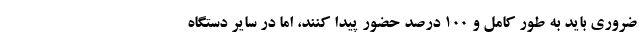
ضروری باید به طور کامل و ۱۰۰ درصد حضور پیدا کنند، اما در سایر دستگاه